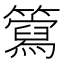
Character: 𥶘